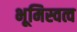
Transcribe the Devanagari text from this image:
भूमिस्वत्व